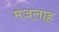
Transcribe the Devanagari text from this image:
मजलाह